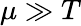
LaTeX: \mu\gg T